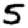
Digit: 5